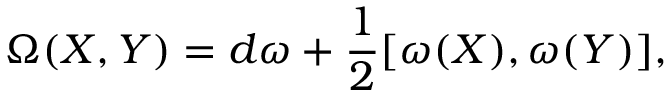
\Omega ( X , Y ) = d \omega + \frac { 1 } { 2 } [ \omega ( X ) , \omega ( Y ) ] ,